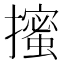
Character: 𭢼